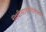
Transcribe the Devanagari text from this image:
निधीसाठीदिलेल्या